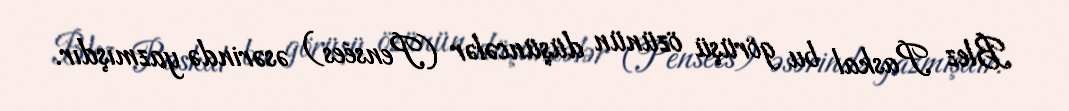
Blez Paskal bu görüşü özünün düşüncələr (Pensées) əsərində yazmışdır.